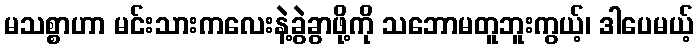
မသစ္စာဟာ မင်းသားကလေးနဲ့ခွဲခွာဖို့ကို သဘောမတူဘူးကွယ့်၊ ဒါပေမယ့်